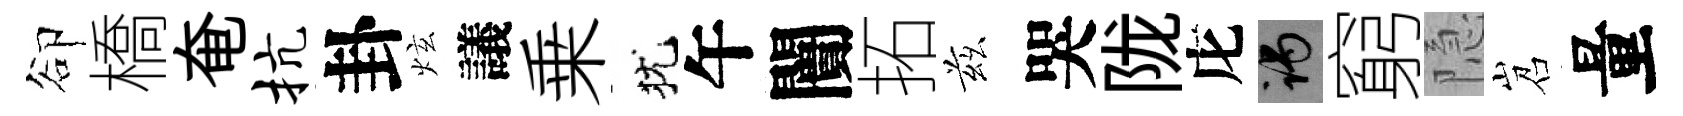
卻橋奄抗卦炫議乗犹午闠拓兹哭陇庀谒窮隐岧量